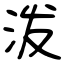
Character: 泼